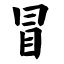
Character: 冒